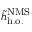
\tilde { h } _ { \mathrm { h . o . } } ^ { \mathrm { N M S } }